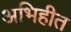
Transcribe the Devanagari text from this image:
अभिहीत